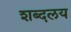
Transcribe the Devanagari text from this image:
शब्दलय